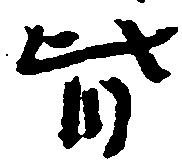
皆